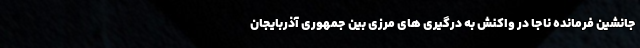
جانشین فرمانده ناجا در واکنش به درگیری های مرزی بین جمهوری آذربایجان